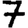
Digit: 7